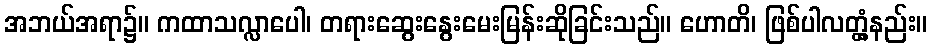
အဘယ်အရာ၌။ ကထာသလ္လာပေါ၊ တရားဆွေးနွေးမေးမြန်းဆိုခြင်းသည်။ ဟောတိ၊ ဖြစ်ပါလတ္တံ့နည်း။